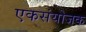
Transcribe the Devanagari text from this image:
एकसंयोजक